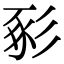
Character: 𢒔